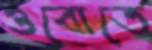
ওবোতে